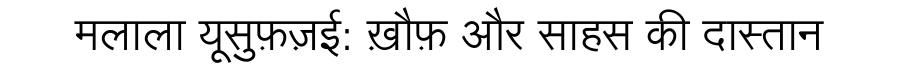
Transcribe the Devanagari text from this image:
मलाला यूसुफ़ज़ई: ख़ौफ़ और साहस की दास्तान